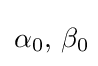
\alpha _{0},\,\beta _{0}\!